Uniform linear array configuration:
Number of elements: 24
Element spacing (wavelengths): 0.25
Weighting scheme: hamming
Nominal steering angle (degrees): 60
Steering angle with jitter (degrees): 58.253
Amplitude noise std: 0.05
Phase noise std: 0.05

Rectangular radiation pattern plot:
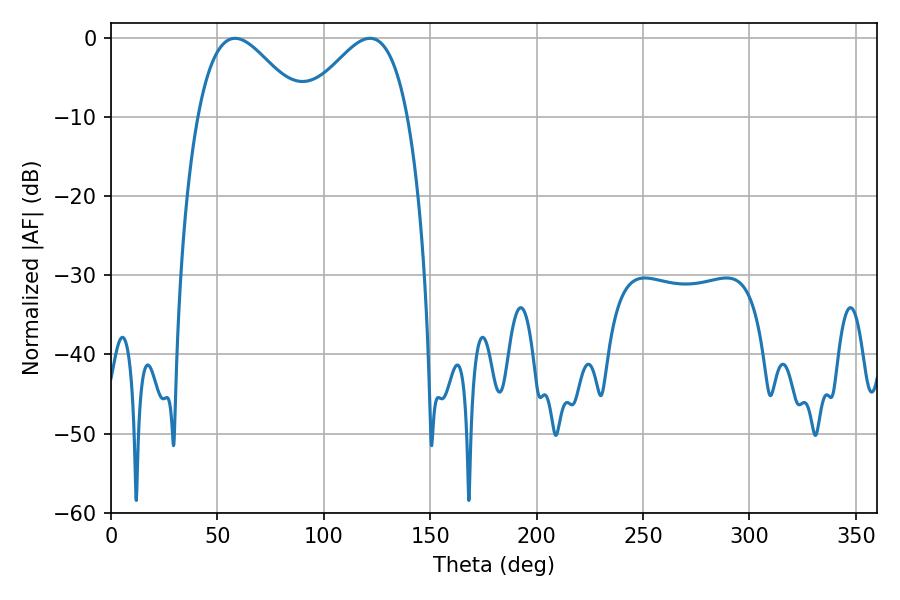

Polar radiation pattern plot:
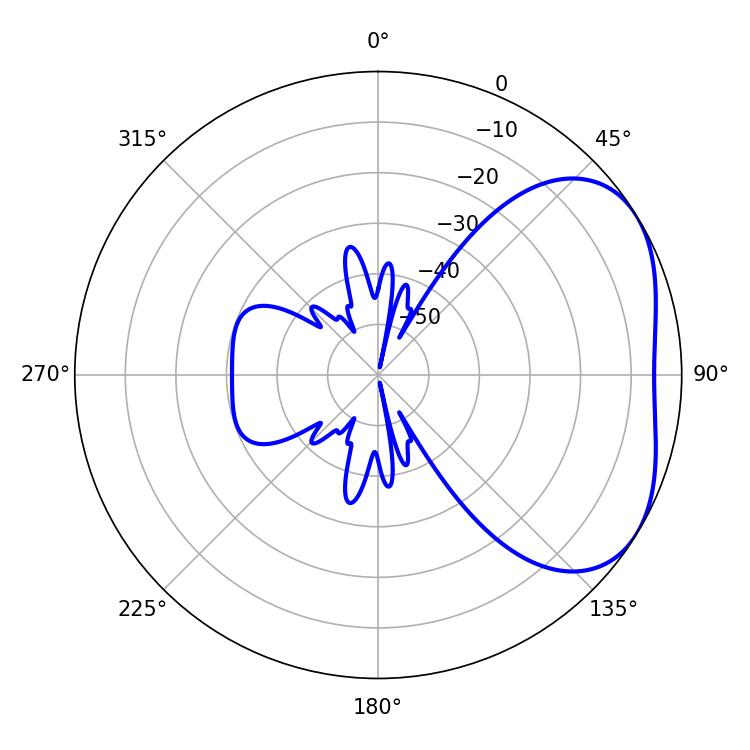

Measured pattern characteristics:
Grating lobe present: FALSE
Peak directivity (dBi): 3.55
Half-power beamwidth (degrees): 26.46
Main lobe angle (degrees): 58.32